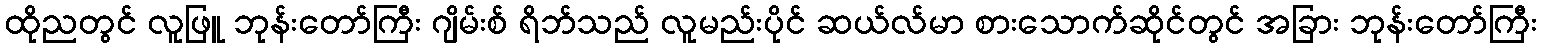
ထိုညတွင် လူဖြူ ဘုန်းတော်ကြီး ဂျိမ်းစ် ရိဘ်သည် လူမည်းပိုင် ဆယ်လ်မာ စားသောက်ဆိုင်တွင် အခြား ဘုန်းတော်ကြီး